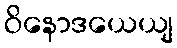
ဝိနောဒယေယျ